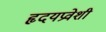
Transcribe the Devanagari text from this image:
हृदयप्रवेशी